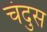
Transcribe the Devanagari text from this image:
चंदुस